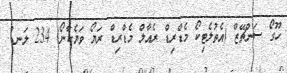
ހޫގޯ ސަންޗޭޒް (އެތުލެޓިކޯ މެޑްރިޑް ރެއާލް މެޑްރިޑް ރަޔޯ ވަޔެކާނޯ) 234 ލަނޑު.